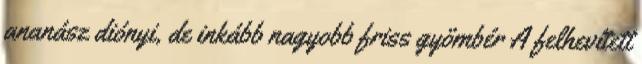
ananász diónyi, de inkább nagyobb friss gyömbér A felhevített